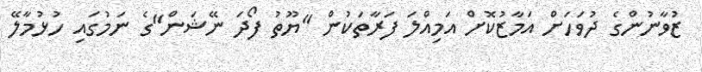
ޒުވާނުންގެ ދުވަހަށް އަމާޒުކޮށް އަމިއްލަ ފަރާތަކުން "ޔޫތު ފޯދަ ނޭޝަން"ގެ ނަމުގައި ހުޅުމާލޭ